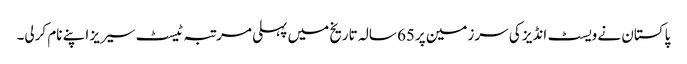
پاکستان نے ویسٹ انڈیز کی سرزمین پر65 سالہ تاریخ میں پہلی مرتبہ ٹیسٹ سیریز اپنے نام کرلی۔